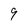
Character: 9